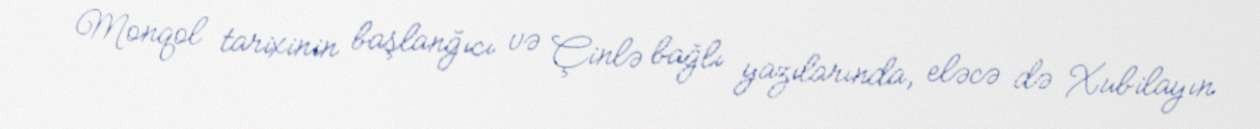
Monqol tarixinin başlanğıcı və Çinlə bağlı yazılarında, eləcə də Xubilayın